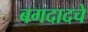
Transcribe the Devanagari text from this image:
बगदादचे